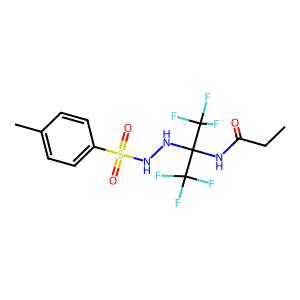
SMILES: CCC(=O)NC(NNS(=O)(=O)c1ccc(C)cc1)(C(F)(F)F)C(F)(F)F
Inhibits HIV replication: No